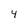
Character: 4